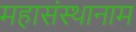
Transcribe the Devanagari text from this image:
महासंस्थानाम